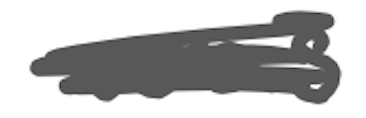
Text: was
Cross-out: scratch
Writing tool: digital_gray